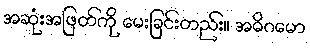
အဆုံးအဖြတ်ကို မေးခြင်းတည်း။ အဓိဂမော